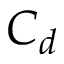
C _ { d }